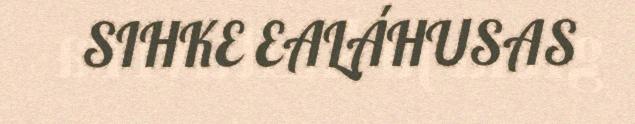
SIHKE EALÁHUSAS